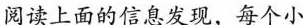
阅读上面的信息发现，每个小